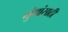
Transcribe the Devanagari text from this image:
गुंणांसाठी